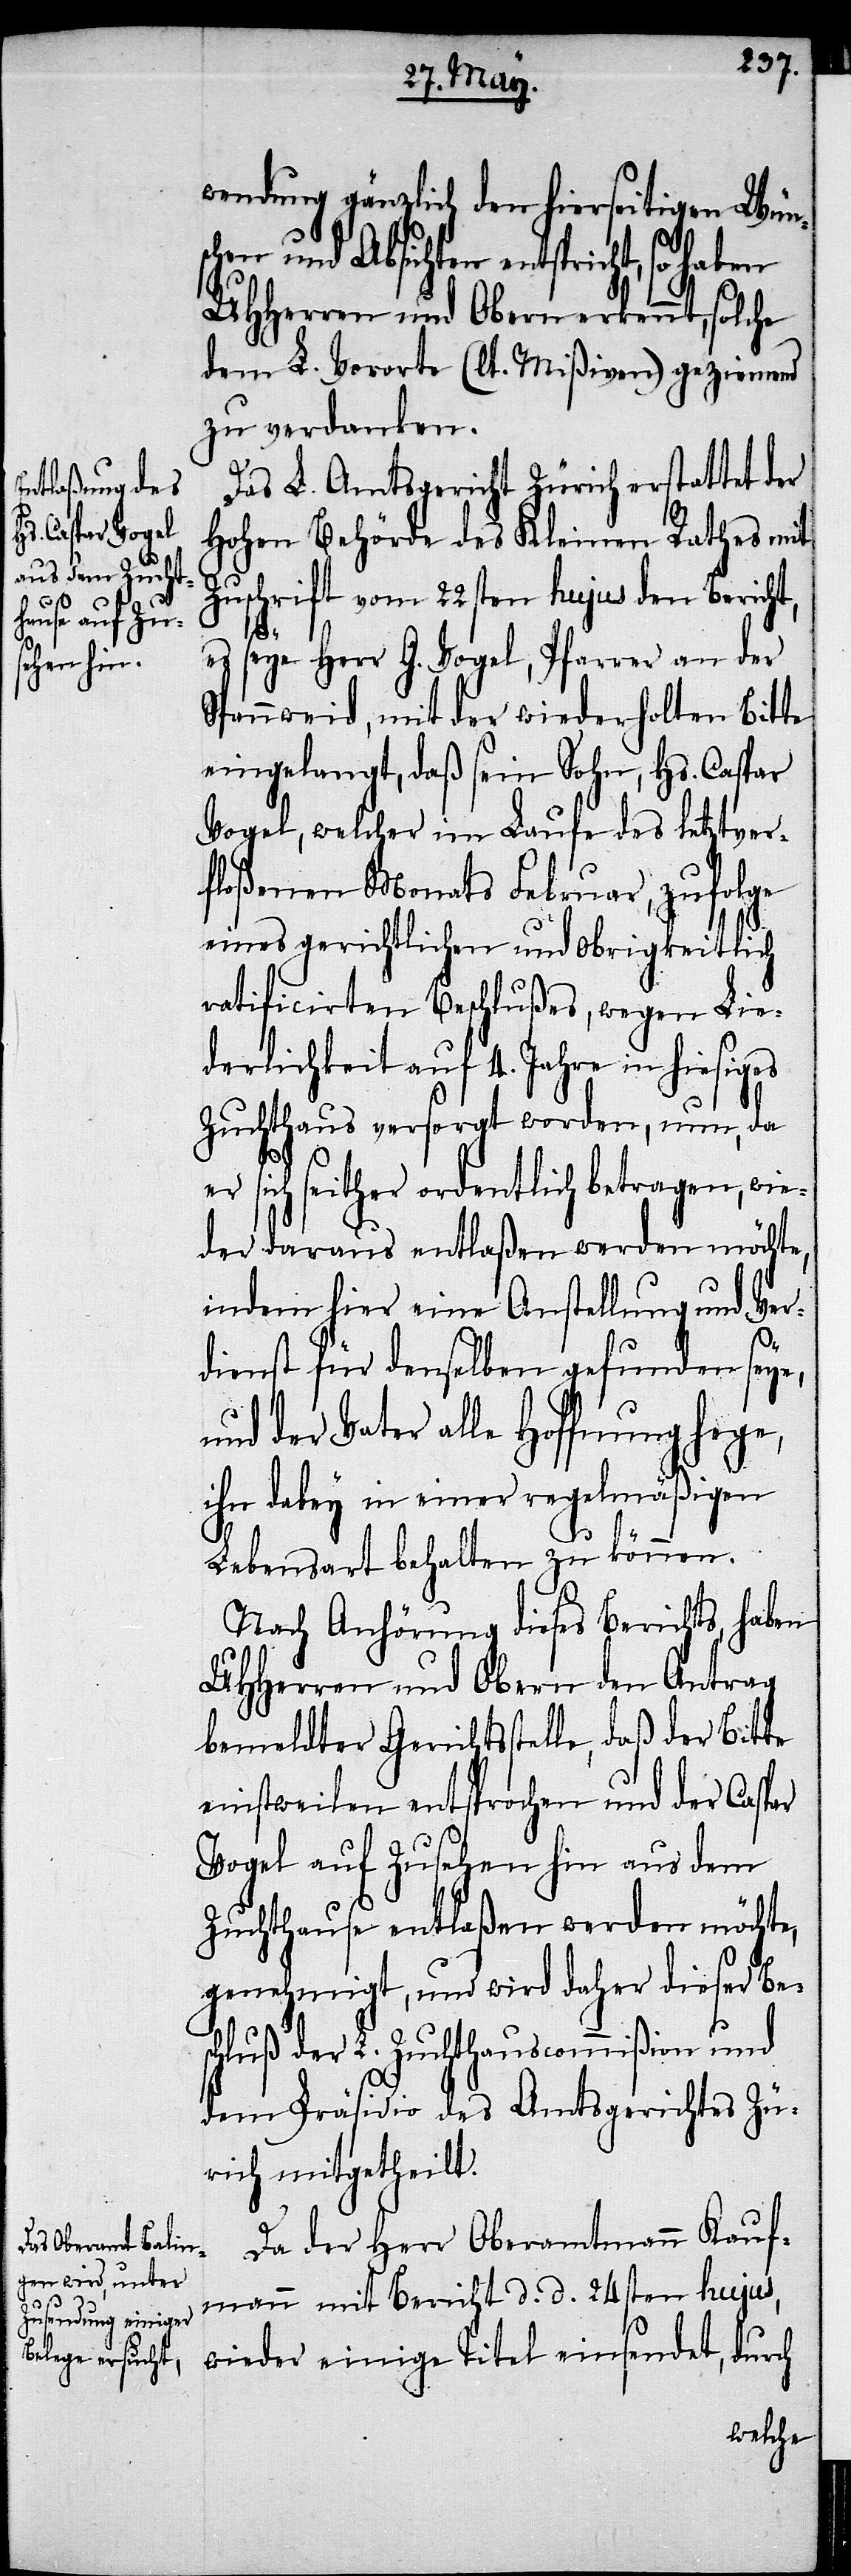
wendung gänzlich den hierseitigen Wüns¬
chen und Absichten entspricht,
UHHerren und Obern erkennt, solche
dem L. Vororte (lt. Mißiven) geziemend
zu verdanken.
Das L. Amtsgericht Zürich erstattet der
Hohen Behörde des Kleinen Rathes mit
Zuschrift vom 22sten hujus den Bericht,
es seye Herr G. Vogel, Pfarrer an der
Spannweid, mit der wiederholten Bitte
eingelangt, daß sein Sohn, Hs. Caspar
Vogel, welcher im Laufe des letztver¬
floßenen Monats Februar, zufolge
eines gerichtlichen und obrigkeitlich
ratificirten Beschlußes, wegen Lie¬
derlichkeit auf 4. Jahre in hiesiges
Zuchthaus versorgt worden, nun, da
er sich seither ordentlich betragen, wie¬
der daraus entlaßen werden möchte,
indem hier eine Anstellung und Ver¬
dienst für denselben gefunden seye,
und der Vater alle Hoffnung hege,
ihn dabey in einer regelmäßigen
Lebensart behalten zu können.
Nach Anhörung dieses Berichts, haben
UHHerren und Obern den Antrag
bemeldter Gerichtsstelle, daß der Bitte
einstweilen entsprochen werden möchte,
genehmigt, und wird daher dieser Besc¬
hluß der L. Zuchthauscommißion und
dem Präsidio des Amtsgerichtes Zü¬
rich mitgetheilt.
Da der Herr Oberamtmann Kauf¬
mann mit Bericht d. d. 24sten hujus,
wieder einige Titel einsendet, durch